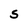
Character: S